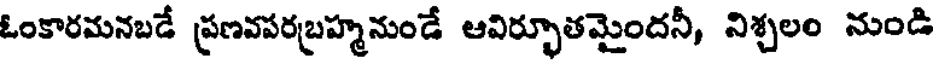
ఓంకారమనబడే ప్రణవపరబ్రహ్మనుండే ఆవిర్భూతమైందనీ, నిశ్చలం నుండి